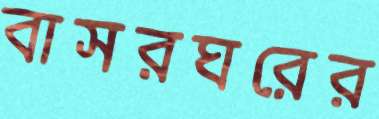
বাসরঘরের